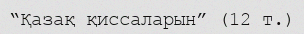
“Қазақ қиссаларын” (12 т.)